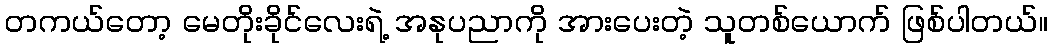
တကယ်တော့ မေတိုးခိုင်လေးရဲ့ အနုပညာကို အားပေးတဲ့ သူတစ်ယောက် ဖြစ်ပါတယ်။